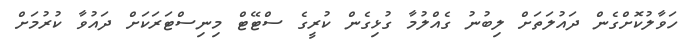
ހަވާލުކޮށްގެން ދައުލަތަށް ލިބުނު ގެއްލުމާ ގުޅިގެން ކުރީގެ ސްޓޭޓް މިނިސްޓަރަކަށް ދައުވާ ކުރުމަށް